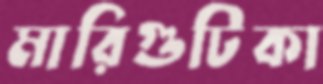
মারিগুটিকা